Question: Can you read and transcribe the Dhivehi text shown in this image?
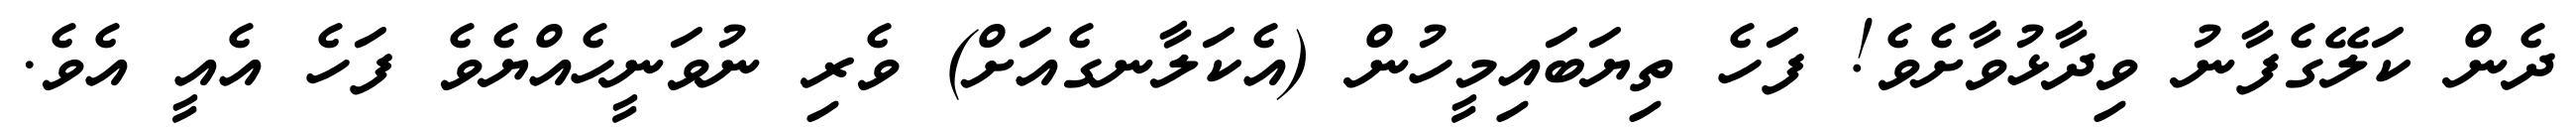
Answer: ދެން ކަލޭގެފާނު ވިދާޅުވާށެވެ! ފަހެ ތިޔަބައިމީހުން (އެކަލާނގެއަށް) ވެރި ނުވަނީހެއްޔެވެ ފަހެ އެއީ އެވެ.